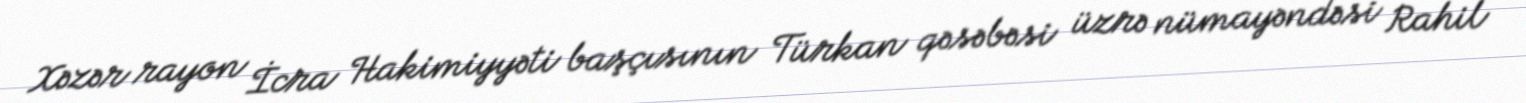
Xəzər rayon İcra Hakimiyyəti başçısının Türkan qəsəbəsi üzrə nümayəndəsi Rahil